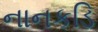
નાનકડિ